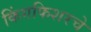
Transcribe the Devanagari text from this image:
किंगफिशरचे